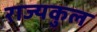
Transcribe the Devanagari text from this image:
राज्यकुल